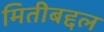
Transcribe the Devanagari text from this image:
मितीबद्दल